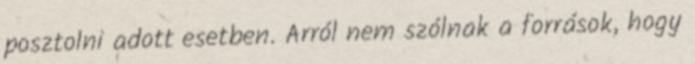
posztolni adott esetben. Arról nem szólnak a források, hogy